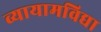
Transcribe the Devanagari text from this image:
व्यायामविद्या